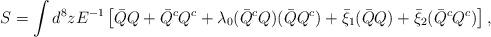
LaTeX: \begin{align*}S=\displaystyle\int d^{8}z E^{-1} \left[\bar{Q}Q+\bar{Q}^{c}Q^{c} +\lambda_{0}(\bar{Q}^{c}Q)(\bar{Q}Q^{c}) +\bar{\xi}_{1}(\bar{Q}Q) +\bar{\xi}_{2}(\bar{Q}^{c}Q^{c})\right],\end{align*}